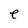
Character: e